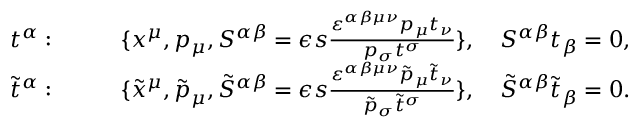
\begin{array} { r l } { t ^ { \alpha } : } & { { } \qquad \{ x ^ { \mu } , p _ { \mu } , S ^ { \alpha \beta } = \epsilon s \frac { \varepsilon ^ { \alpha \beta \mu \nu } p _ { \mu } t _ { \nu } } { p _ { \sigma } t ^ { \sigma } } \} , \quad S ^ { \alpha \beta } t _ { \beta } = 0 , } \\ { \tilde { t } ^ { \alpha } : } & { { } \qquad \{ \tilde { x } ^ { \mu } , \tilde { p } _ { \mu } , \tilde { S } ^ { \alpha \beta } = \epsilon s \frac { \varepsilon ^ { \alpha \beta \mu \nu } \tilde { p } _ { \mu } \tilde { t } _ { \nu } } { \tilde { p } _ { \sigma } \tilde { t } ^ { \sigma } } \} , \quad \tilde { S } ^ { \alpha \beta } \tilde { t } _ { \beta } = 0 . } \end{array}